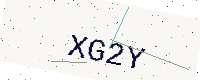
Text: XG2Y